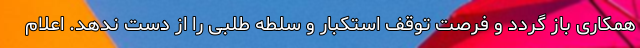
همکاری باز گردد و فرصت توقف استکبار و سلطه طلبی را از دست ندهد. اعلام